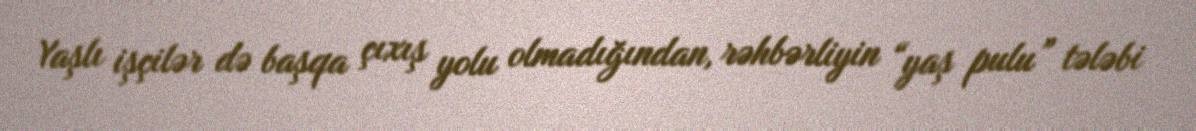
Yaşlı işçilər də başqa çıxış yolu olmadığından, rəhbərliyin “yaş pulu” tələbi